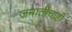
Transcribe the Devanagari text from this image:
जमातींचाही